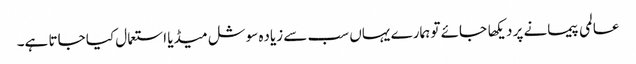
عالمی پیمانے پر دیکها جائے تو ہمارے یہاں سب سے زیاده سوشل میڈیا استعمال کیا جاتا ہے۔